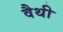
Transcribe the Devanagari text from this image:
वैथी